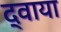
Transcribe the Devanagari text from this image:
द्वाया